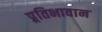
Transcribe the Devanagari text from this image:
प्र्रतिभावान